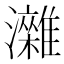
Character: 𤄖